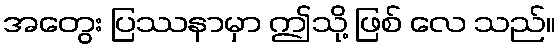
အတွေး ပြဿနာမှာ ဤသို့ ဖြစ် လေ သည်။